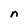
Character: n